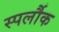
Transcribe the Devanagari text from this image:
स्पर्लौक